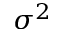
\sigma ^ { 2 }